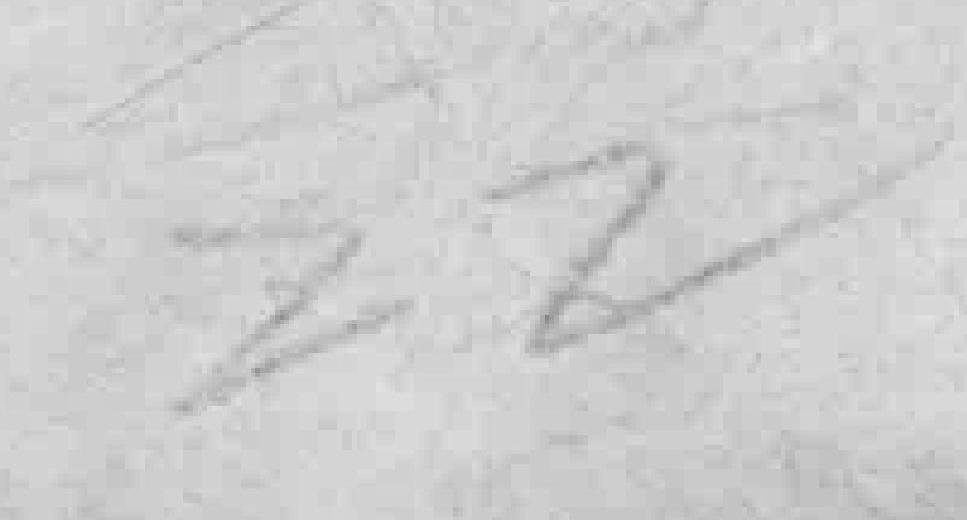
22